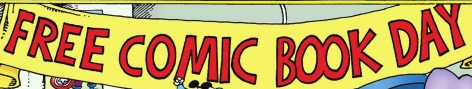
FREE COMIC BOOK DAY